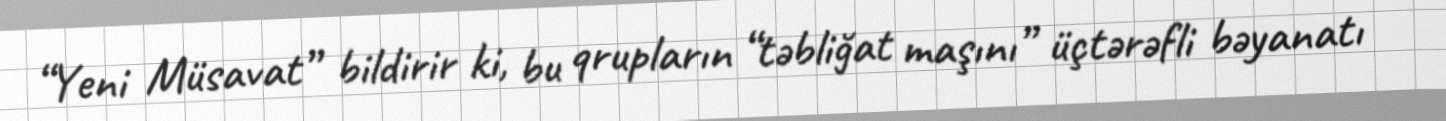
“Yeni Müsavat” bildirir ki, bu qrupların “təbliğat maşını” üçtərəfli bəyanatı